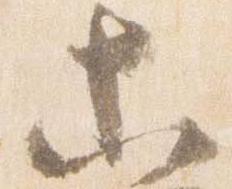
等